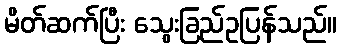
မိတ်ဆက်ပြီး သွေးခြည်ဥပြန်သည်။